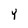
Character: Y